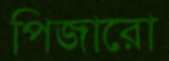
পিজারো